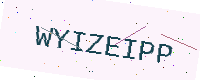
Text: WYIZEIPP